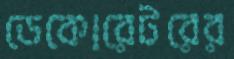
ডেকোরেটরের